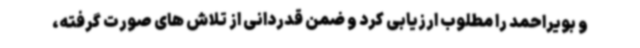
و بویراحمد را مطلوب ارزیابی کرد و ضمن قدردانی از تلاش های صورت گرفته،